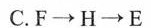
C.F\longrightarrow H\longrightarrow E